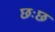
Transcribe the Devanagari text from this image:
छःछ